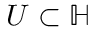
\; U \subset \mathbb { H }